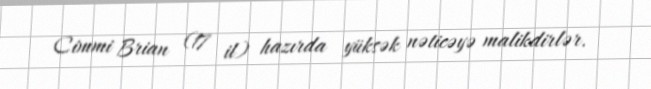
Cimmi Brian (17 il) hazırda yüksək nəticəyə malikdirlər.